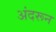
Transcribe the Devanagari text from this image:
अंदरून